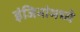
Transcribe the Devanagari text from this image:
इंजिनांमध्ये